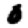
Digit: 0